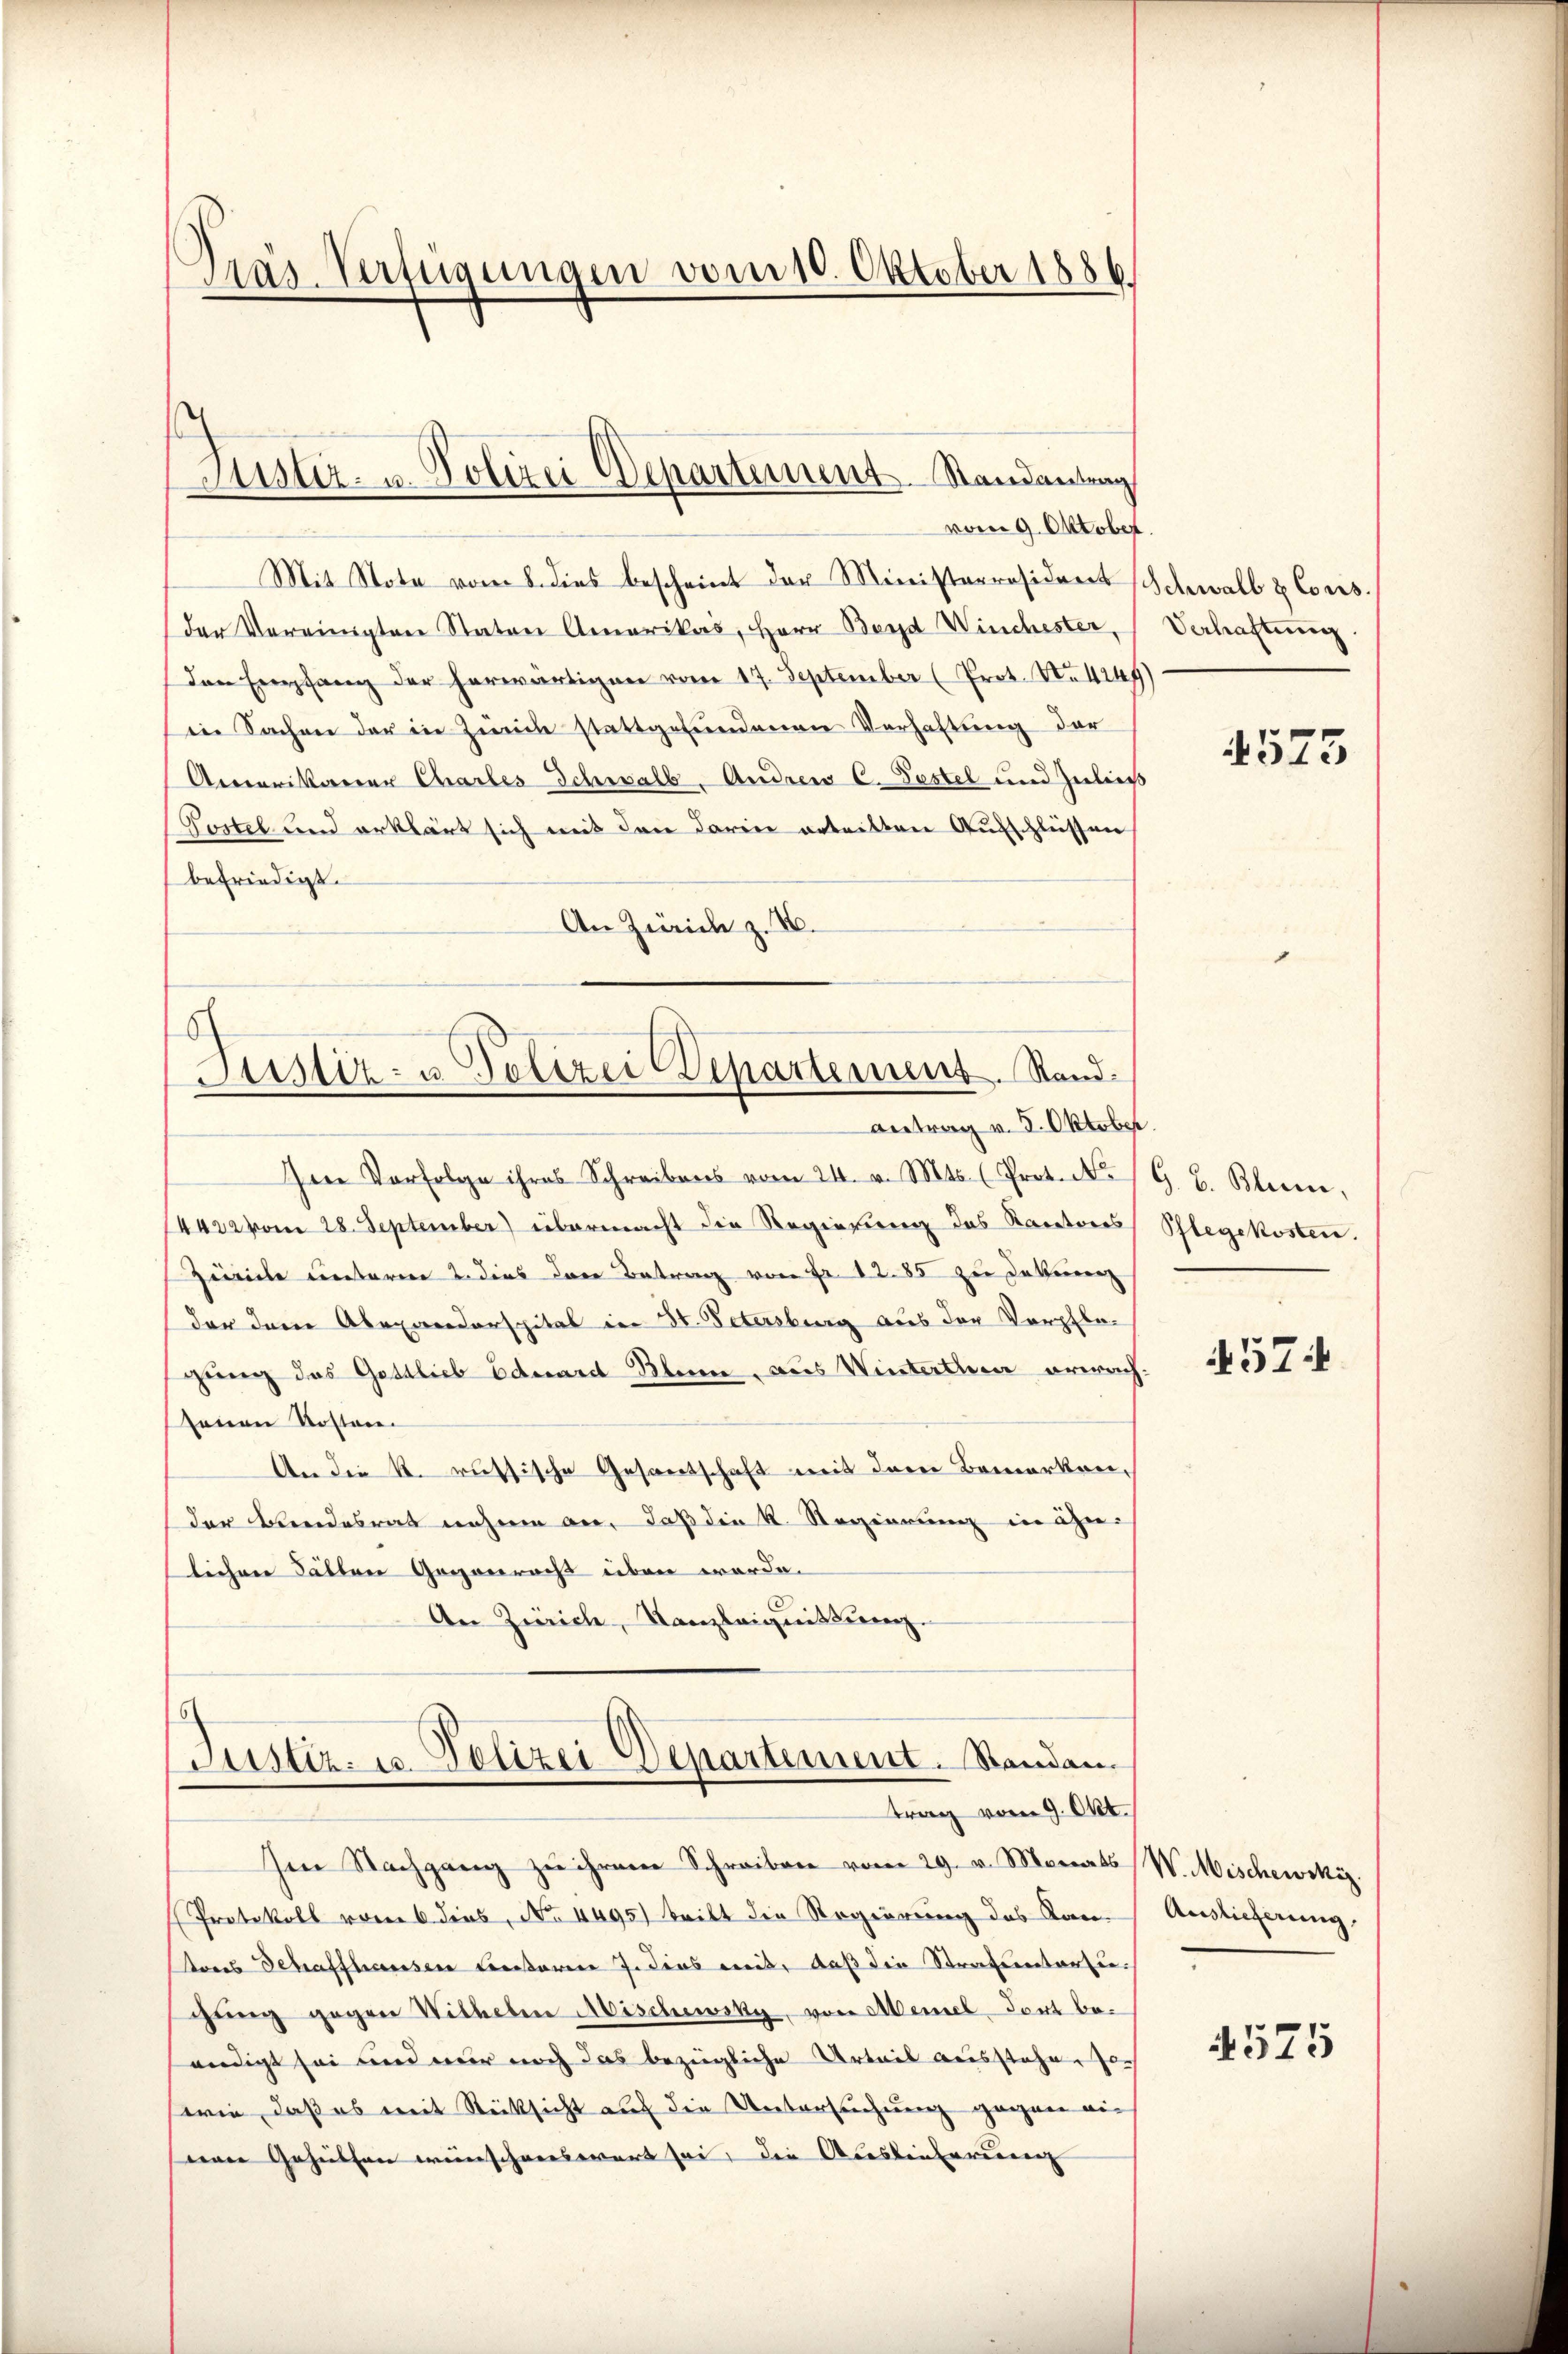
Präs. Verfügungen vom 10. Oktober 1886.

Mit Note vom 8. dies bescheint der Ministerräsident Schwall & Cons.
der Vereinigten Staten Amerikas, Herr Beyd Winchester,
den Empfang der herwärtigen vom 17. September (Prot. No 4249)
in Sachen der in Zürich stattgefundenen Verhaltung der
Amerikaner Chartes Schwalb- Andrew C. Pestel und Zuließ
Postel und erklärt sich mit den darin orteilten Aufschlüssen
befriedigt.
An Zürich z. B.

Justiz- u. Polizei Departement. Standeutung
vom 9. Oktober.

s
Justiz- u. Polizei Departement. Stand.
antrag v. 5. Oktober.

Ien Vorfolge ihres Schreibens vom 24. v. Mts. (Prot. N. G. B. Blum.
4422 vom 28. September) übermacht die Regierung das Rectores
Zeviele unterm 2. dies dere Betrag von Fr. 1285 zu Jakung
der dem Alexanderspital in St. Petersburg aus der Verpflegung des Gottlieb Eduard Bleine, aus Winterthen erwachsenen Kosten.
An die k. russische Gesandschaft mit dem Bemerken,
der Aendesrat nahme an, daß die K. Regierung in ähn-
lichen Fällen Gegenrecht üben werde.
An Zürich, Kanzleignittung.

Justiz- u. Polizei Departement. Standen.
trag vom 9. Okt.

Im Nachgang zu ihrem Schreiben vom 29. v. Monats
Protokoll vom 6. dies, No. 4495) Seibt die Regierung des Kantons Schaffhausen Freiterer J. dies mit, daß die Strafsentartie
gŭng gegen Wilhelm Aischewsky, von Memel-Tout beendigt sei und wir noch das bezügliche Artnis aussteher sor
wie, daß es mit Rücksicht auf die Untersuchung gegen ein
nenen Geheethan weinschnenswert sei, die Auslieferirung |

Verhaftung

4525

Pflegekosten.

4574

W. Mischewskiz.
Auslieferung,

525